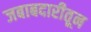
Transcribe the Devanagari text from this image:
जबाबदारीतून